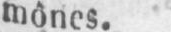
mônes.